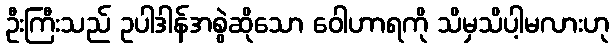
ဦးကြီးသည် ဥပါဒါန်အစွဲဆိုသော ဝေါဟာရကို သိမှသိပါ့မလားဟု